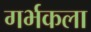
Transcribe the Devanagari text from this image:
गर्भकला